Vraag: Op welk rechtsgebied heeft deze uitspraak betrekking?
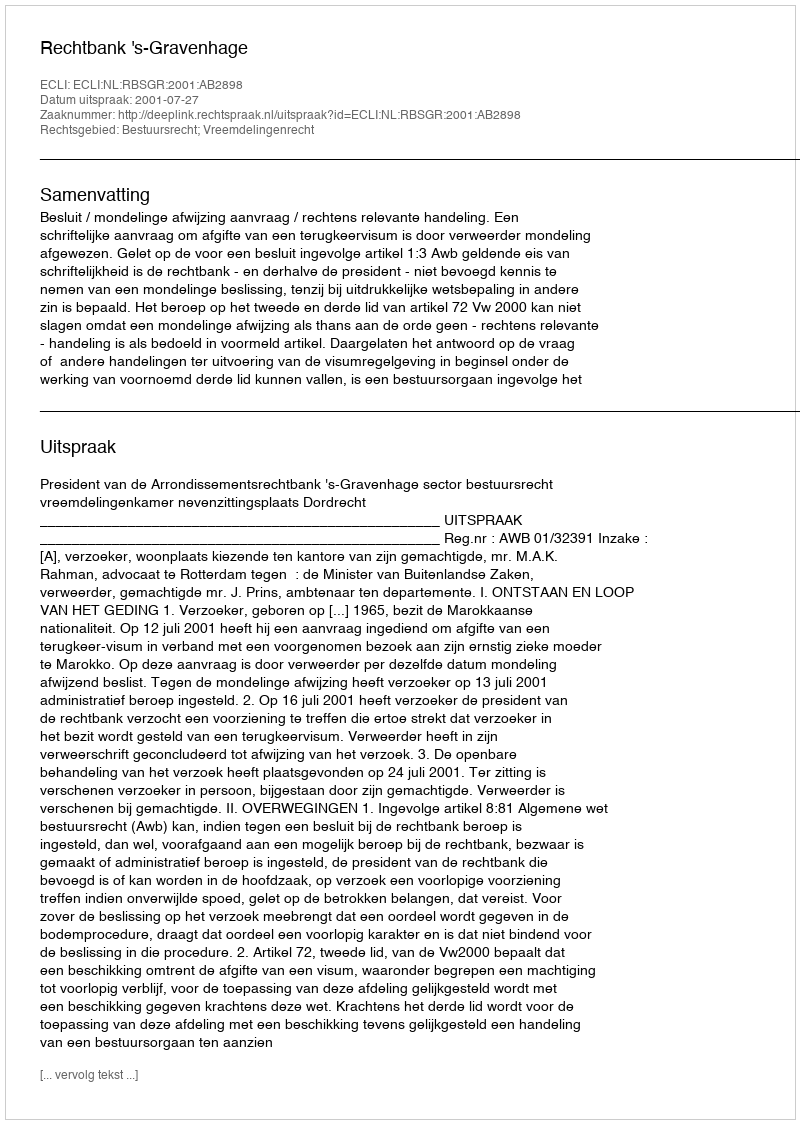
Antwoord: Bestuursrecht; Vreemdelingenrecht